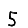
Digit: 5